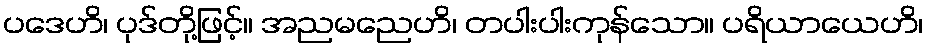
ပဒေဟိ၊ ပုဒ်တို့ဖြင့်။ အညမညေဟိ၊ တပါးပါးကုန်သော။ ပရိယာယေဟိ၊